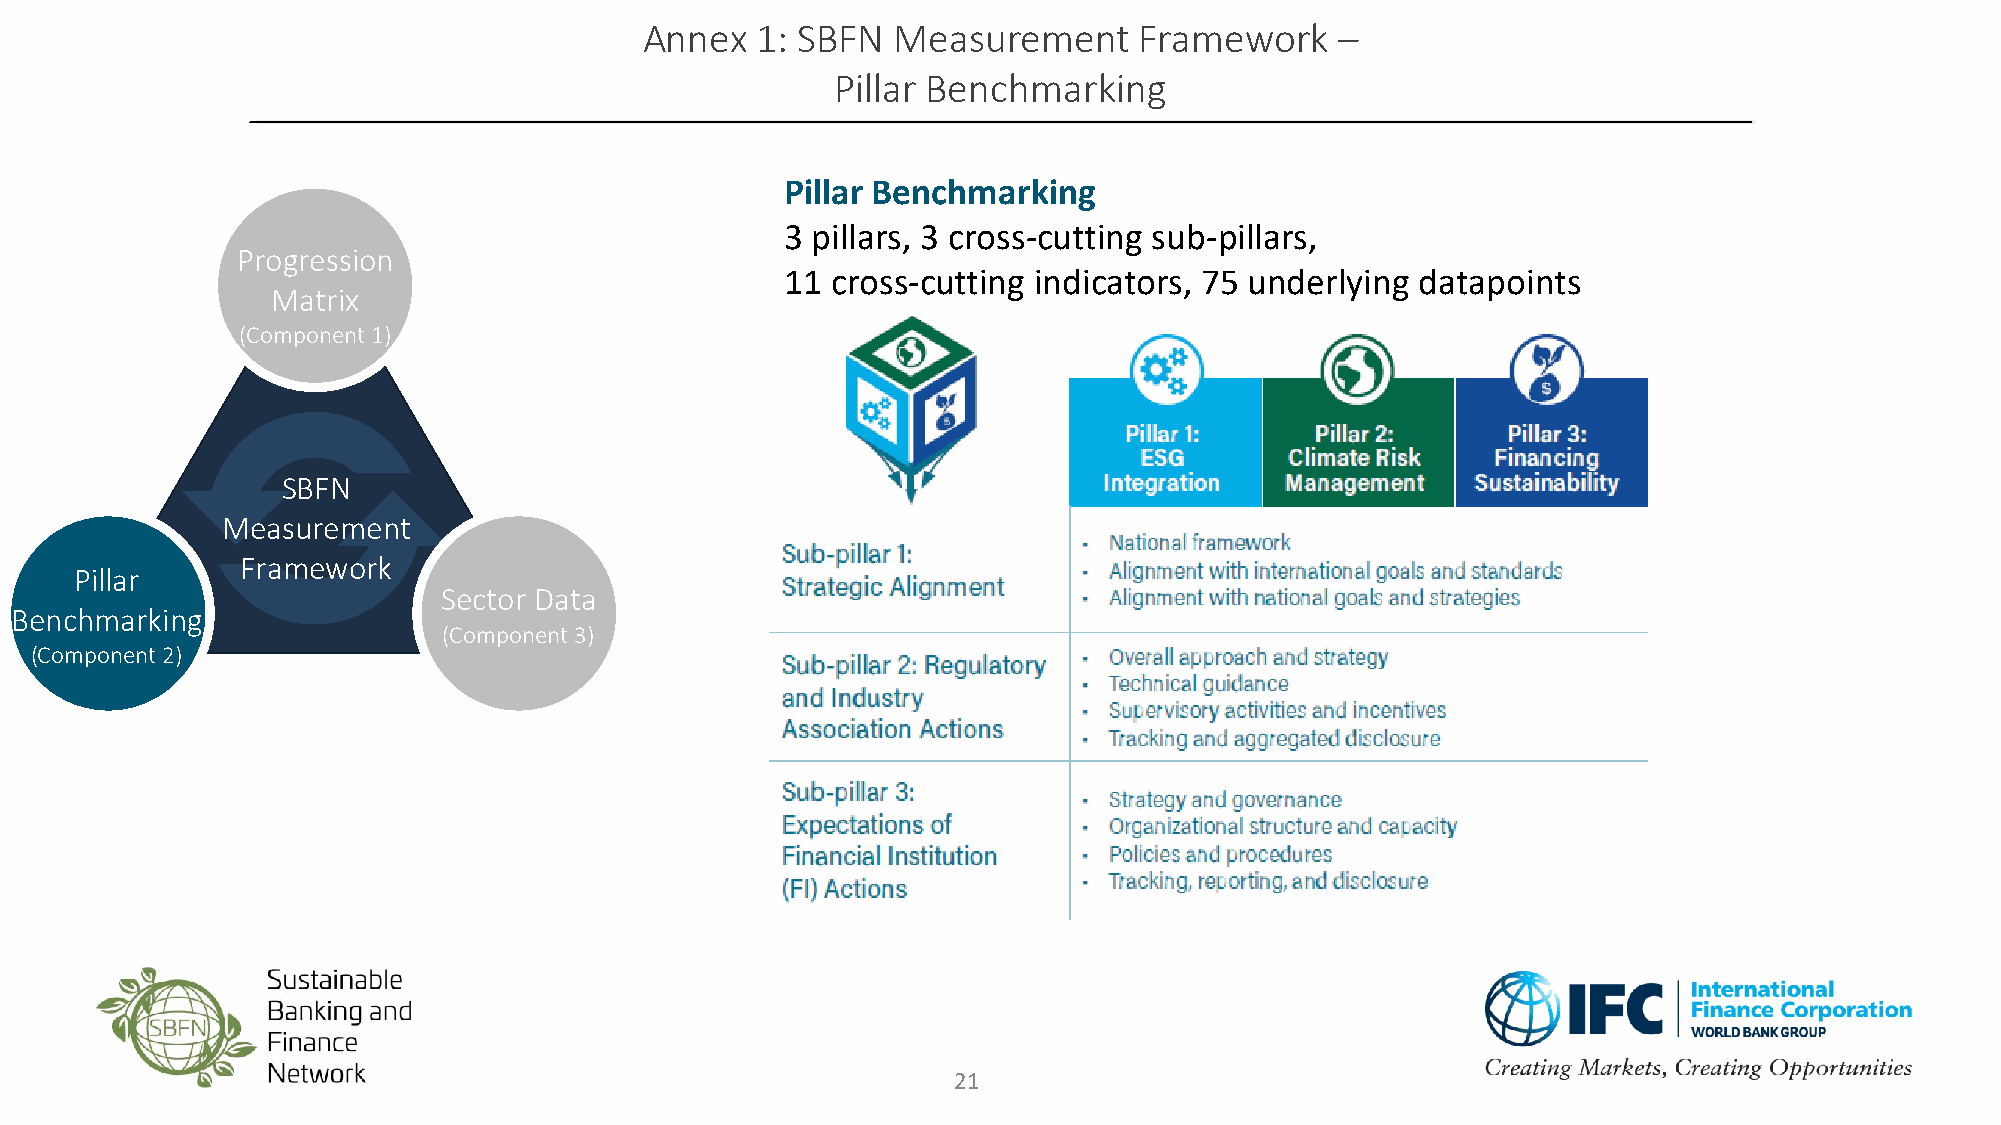
Annex  1: SBFN  Measurement     Framework     –
 Pillar Benchmarking
 Pillar Benchmarking
 3 pillars, 3 cross-cutting sub-pillars,
 Progression
 11 cross-cutting indicators, 75 underlying datapoints
 Matrix
 (Component 1)
 SBFN
 Measurement
 Framework
 Pillar
 Sector Data
 Benchmarking
 (Component 3)
 (Component 2)
 21